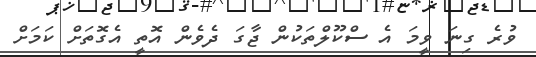
ވުރެ ގިނަ ވީމަ އެ ސްކޫލްތަކުން ޖާގަ ދެވެން އޮތީ އެގޮތަށް ކަމަށް